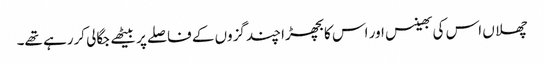
چھلاں اس کی بھینس اور اس کا بچھڑا چند گزوں کے فاصلے پر بیٹھے جگالی کررہے تھے۔